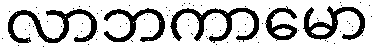
လာဘကာမော